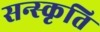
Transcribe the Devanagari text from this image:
सन्स्कृति